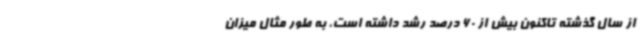
از سال گذشته تاکنون بیش از 60 درصد رشد داشته است، به طور مثال میزان